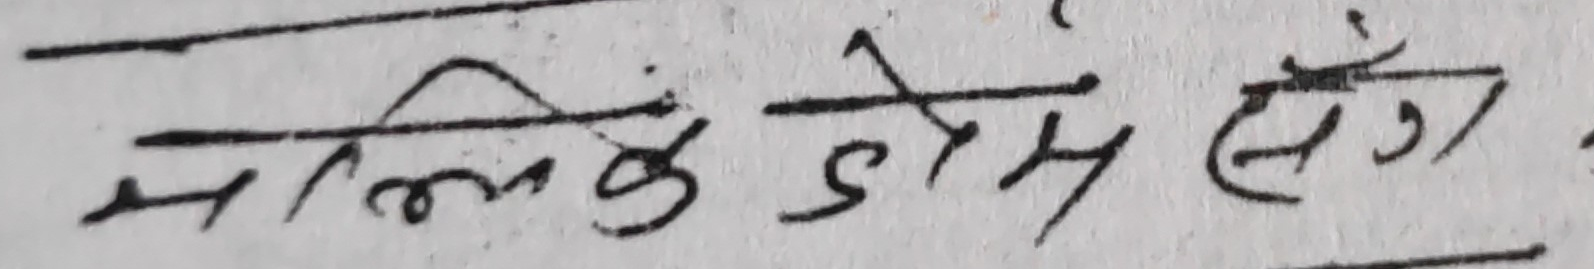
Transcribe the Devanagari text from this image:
मलिक डोम सँग